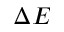
\Delta E